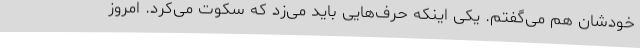
خودشان هم می‌گفتم. یکی اینکه حرف‌هایی باید می‌زد که سکوت می‌کرد. امروز